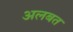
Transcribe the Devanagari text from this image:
अलबत